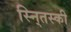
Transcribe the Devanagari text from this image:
स्नि्तस्की